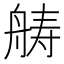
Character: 𮎍